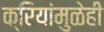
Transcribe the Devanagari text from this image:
क्रियांमुळेही